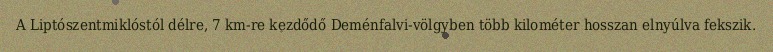
A Liptószentmiklóstól délre, 7 km-re kezdődő Deménfalvi-völgyben több kilométer hosszan elnyúlva fekszik.